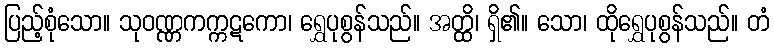
ပြည့်စုံသော။ သုဝဏ္ဏကက္ကဋကော၊ ရွှေပုစွန်သည်။ အတ္ထိ၊ ရှိ၏။ သော၊ ထိုရွှေပုစွန်သည်။ တံ